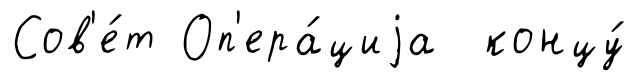
Сов'е́т Оп'ера́циjа концу́